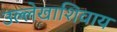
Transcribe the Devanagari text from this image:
उल्लेखाशिवाय